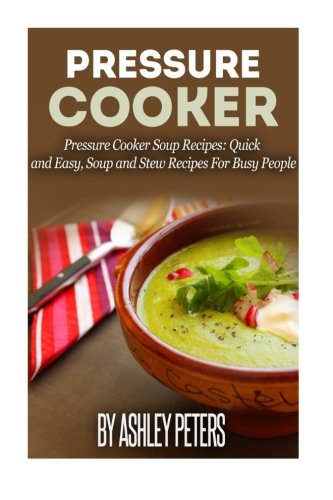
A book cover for Pressure Cooker:  101 Pressure Cooker Soups Recipes: Quick & Easy, Soup & Stew Recipes for Busy People; Ashley Peters; Cookbooks, Food & Wine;